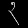
Digit: ၃